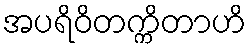
အပရိဝိတက္ကိတာဟိ